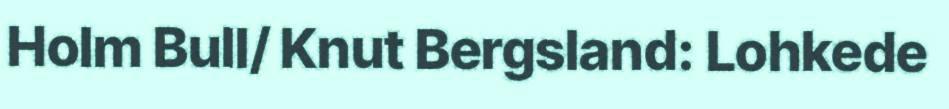
Holm Bull/ Knut Bergsland: Lohkede